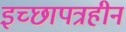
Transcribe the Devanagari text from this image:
इच्छापत्रहीन